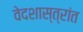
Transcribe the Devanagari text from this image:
वेदशास्त्रांत